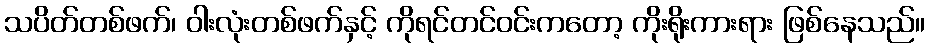
သပိတ်တစ်ဖက်၊ ဝါးလုံးတစ်ဖက်နှင့် ကိုရင်တင်ဝင်းကတော့ ကိုးရိုးကားရား ဖြစ်နေသည်။